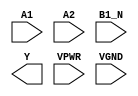
module sky130_fd_sc_hs__o21bai (
    //# {{data|Data Signals}}
    input  A1  ,
    input  A2  ,
    input  B1_N,
    output Y   ,

    //# {{power|Power}}
    input  VPWR,
    input  VGND
);
endmodule